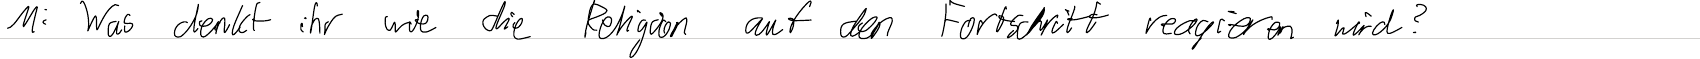
M: Was denkt ihr wie die Religion auf den Fortschritt reagieren wird?